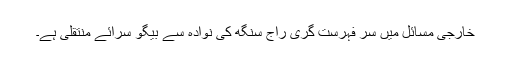
خارجی مسائل میں سر فہرست گری راج سنگھ کی نوادہ سے بیگو سرائے منتقلی ہے۔